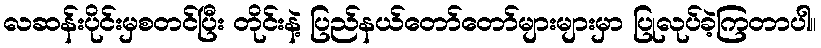
လဆန်းပိုင်းမှစတင်ပြီး တိုင်းနဲ့ ပြည်နယ်တော်တော်များများမှာ ပြုလုပ်ခဲ့ကြတာပါ။